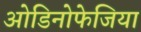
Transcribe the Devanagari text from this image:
ओडिनोफेजिया